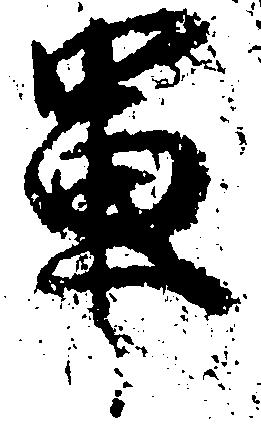
軍